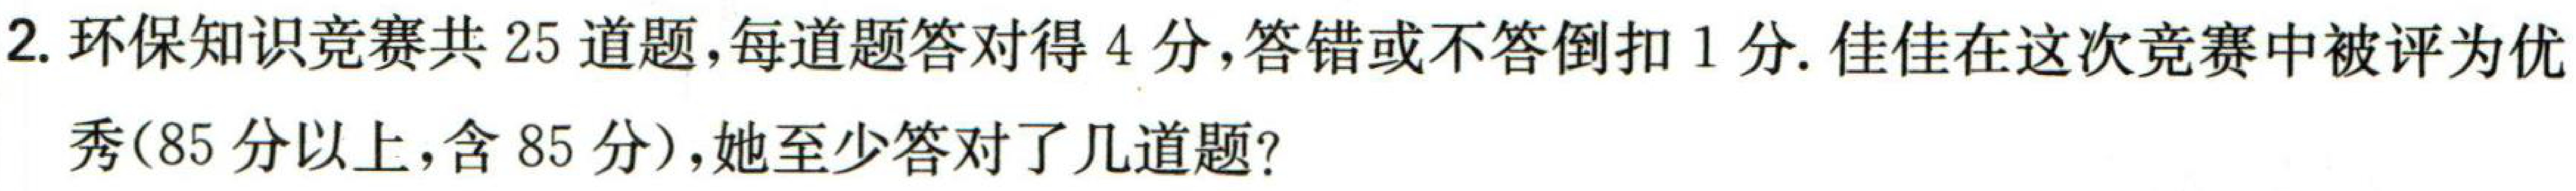
2. 环保知识竞赛共 25 道题，每道题答对得 4 分，答错或不答倒扣 1 分. 佳佳在这次竞赛中被评为优
秀(85 分以上，含 85 分)，她至少答对了几道题？